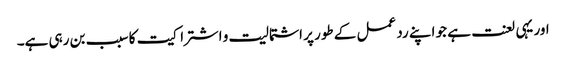
اور یہی لعنت ہے جو اپنے رد عمل کے طور پر اشتمالیت و اشتراکیت کا سبب بن رہی ہے۔